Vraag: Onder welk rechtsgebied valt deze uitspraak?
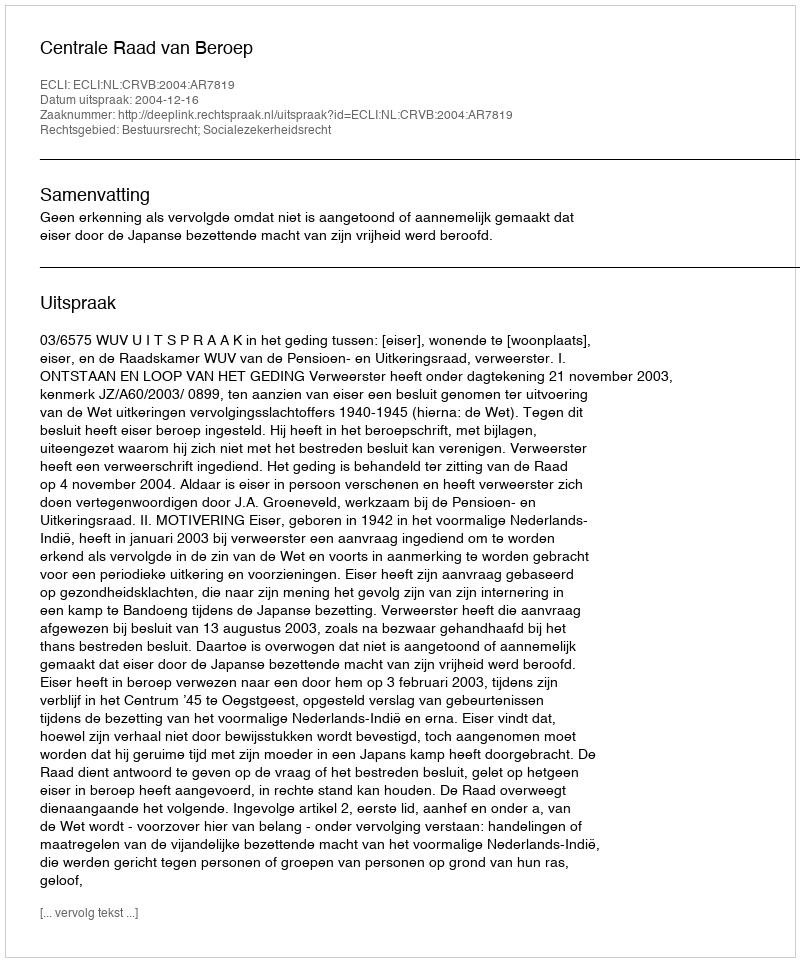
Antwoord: Bestuursrecht; Socialezekerheidsrecht